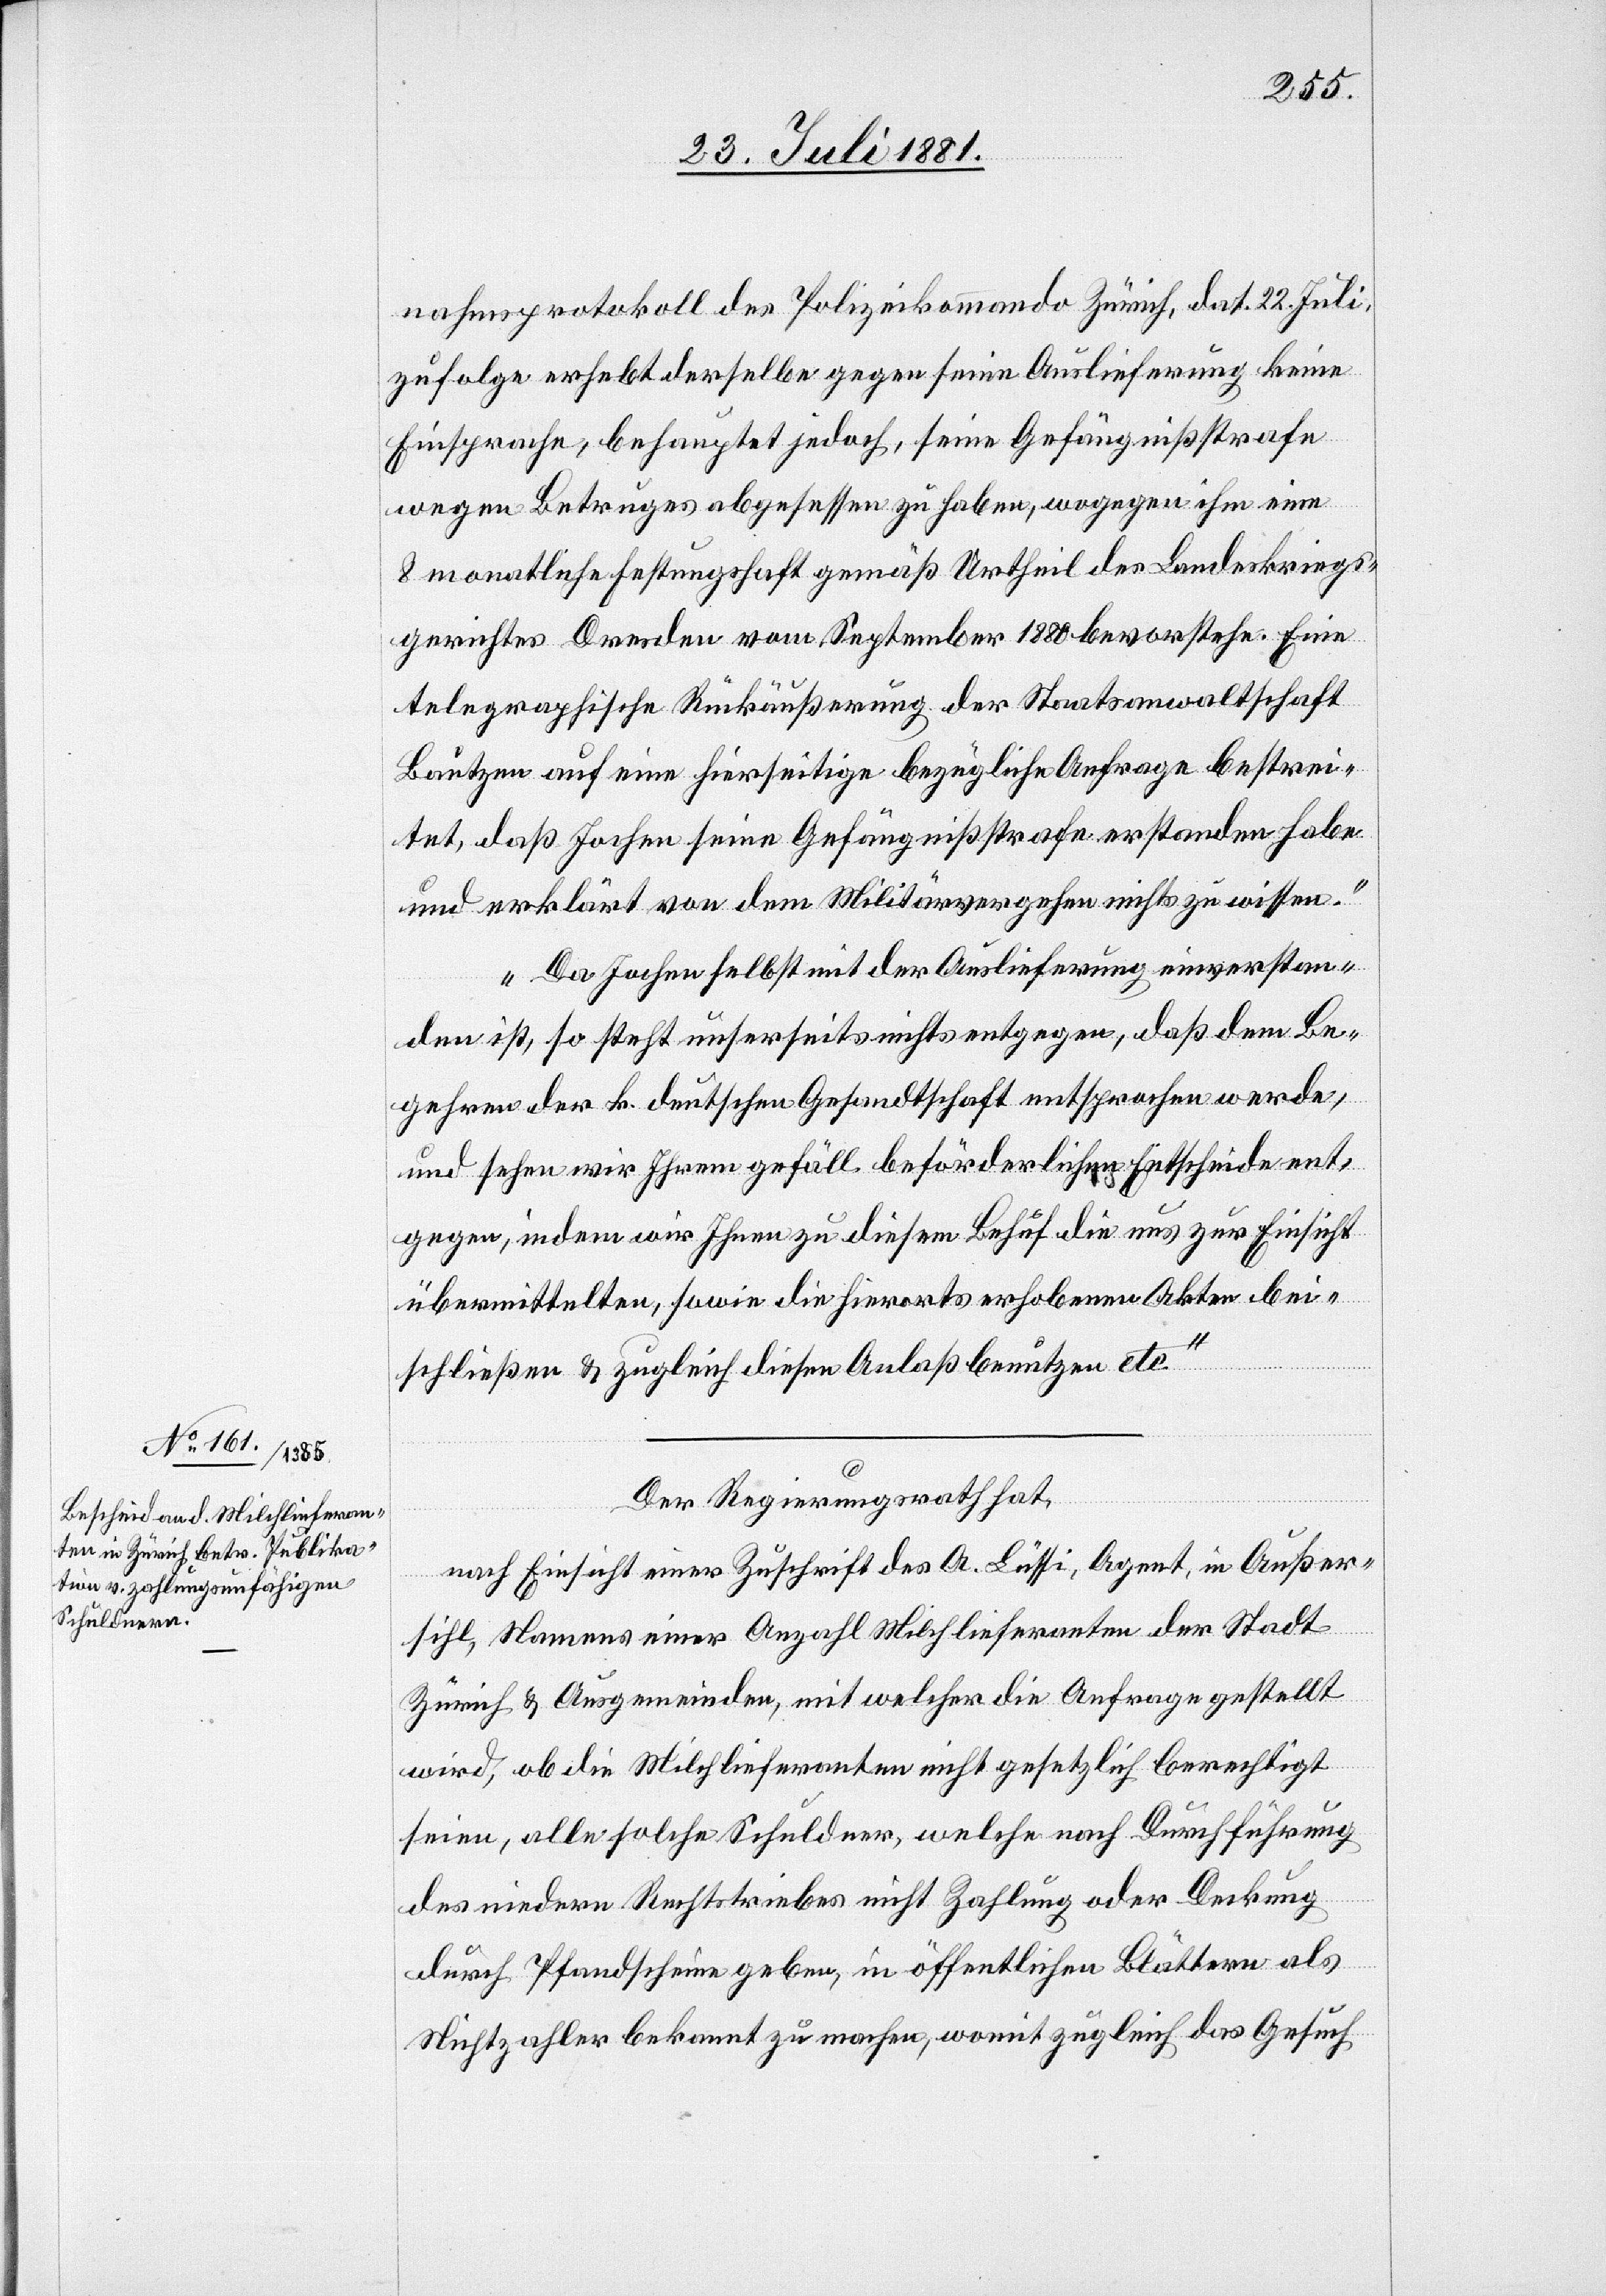
nahmsprotokoll des Polizeikommando Zürich, dat. 22. Juli,
zufolge erhebt derselbe gegen seine Auslieferung keine
Einsprache, behauptet jedoch, seine Gefängnißstrafe
wegen Betruges abgesessen zu haben, wogegen ihm eine
8 monatliche Festungshaft gemäß Urtheil des Landeskriegs¬
gerichtes Dresden vom September 1880 bevorstehe. Eine
telegraphische Rückäußerung der Staatsanwaltschaft
Bautzen auf eine hierseitige bezügliche Anfrage bestrei¬
tet, daß Jochen seine Gefängnißstrafe erstanden habe
und erklärt von dem Militärvergehen nichts zu wissen.
Da Jochen selbst mit der Auslieferung einverstan¬
den ist, so steht unserseits nichts entgegen, daß dem Be¬
gehren der k. deutschen Gesandtschaft entsprochen werde,
und sehen wir Ihrem gefäll. beförderlichen Entscheide ent¬
gegen, indem wir Ihnen zu diesem Behuf die uns zur Einsicht
übermittelten, sowie die hierorts erhobenen Akten bei¬
schließen & zugleich diesen Anlaß benutzen etc.“
Der Regierungsrath hat,
nach Einsicht einer Zuschrift des A. Lüssi, Agent, in Außer¬
sihl, Namens einer Anzahl Milchlieferanten der Stadt
Zürich & Ausgemeinden, mit welcher die Anfrage gestellt
wird, ob die Milchlieferanten nicht gesetzlich berechtigt
seien, alle solche Schuldner, welche nach Durchführung
des niedern Rechtstriebes nicht Zahlung oder Deckung
durch Pfandscheine geben, in öffentlichen Blättern als
Nichtzahler bekannt zu machen, womit zugleich das Gesuch